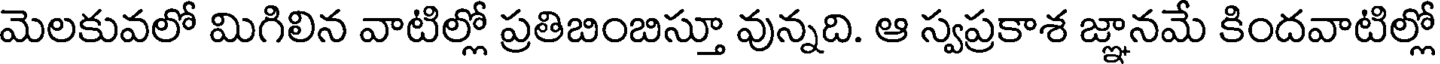
మెలకువలో మిగిలిన వాటిల్లో ప్రతిబింబిస్తూ వున్నది. ఆ స్వప్రకాశ జ్ఞానమే కిందవాటిల్లో